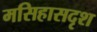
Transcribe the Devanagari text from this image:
मसिहासदृश